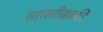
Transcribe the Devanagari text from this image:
सरासरीइतकी